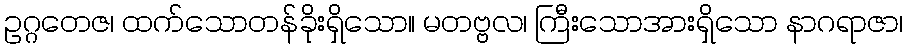
ဥဂ္ဂတေဇ၊ ထက်သောတန်ခိုးရှိသော။ မတဗ္ဗလ၊ ကြီးသောအားရှိသော နာဂရာဇာ၊